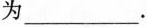
为___.